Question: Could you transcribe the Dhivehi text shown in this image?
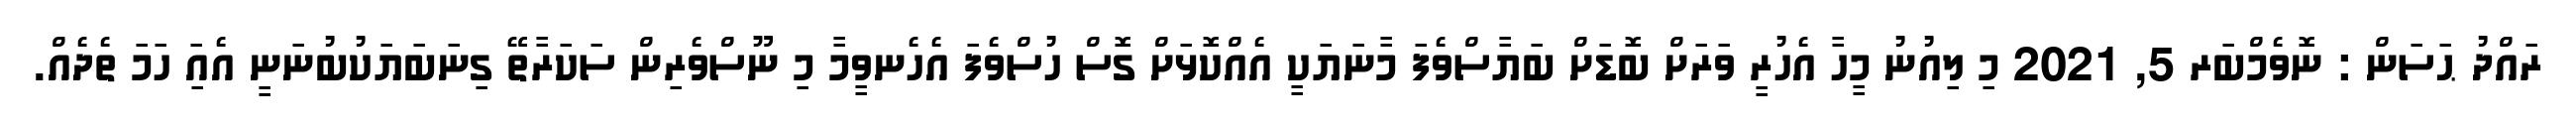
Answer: ރައްދު ޙަސަން : ނޮވެމްބަރ 5, 2021 މި ލިއުނު މީހާ އެހުރީ ވަރަށް ބޮޑަށް ބަޔާސްވެފަ މާނަޔަކީ އެއްކޮޅަށް ގޮސް ހުސްވެފަ އެހެނވީމާ މި ނޫސްވެރިން ސަކަރާތޭ ގިނަބަޔަކުބުނަނީ އެއަި ހަމަ ތެދެއް.